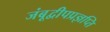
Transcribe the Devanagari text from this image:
जंबूद्वीपप्रज्ञप्ति